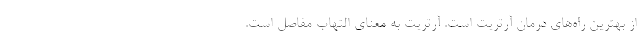
از بهترین راه‌های درمان آرتریت است. آرتریت به معنای التهاب مفاصل است.